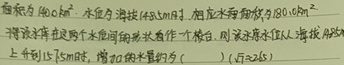
面积为$800m^2$，水位在海拔$148m$时，缸底水压强为$9.8×10^{5}Pa$。上提到本缸足对下方地面的压强为“标准白”，这部分表述不太清晰可能有误暂不处理。以下按正确理解来修正本题其他部分。

已知压强公式\(p = \rho gh\)，本题求水位从海拔\(148m\)上升到\(150m\)时，缸底水压强增大的值\(\Delta p\)。

\(\Delta p=\rho g\Delta h\)，其中\(\rho\)为水的密度\(\rho = 1000kg/m^3\)，\(g = 10N/kg\)，\(\Delta h=150m - 148m = 2m\)。

则\(\Delta p = 1000kg/m^3\times10N/kg\times2m=2\times10^{4}Pa\)。

即缸底水压强增大了\(2\times10^{4}Pa\)。

原文本可修正为：

面积为\(800m^2\)，水位在海拔\(148m\)时，缸底水压强为\(9.8×10^{5}Pa\)。求本缸水位从海拔\(148m\)上升到\(150m\)时，缸底水压强增大了多少？（\(g\)取\(10N/kg\)）

相关计算过程如下：

\(\Delta p=\rho g\Delta h = 1000kg/m^3\times10N/kg\times(150m - 148m)=2\times10^{4}Pa\)

故缸底水压强增大了\(2\times10^{4}Pa\)。